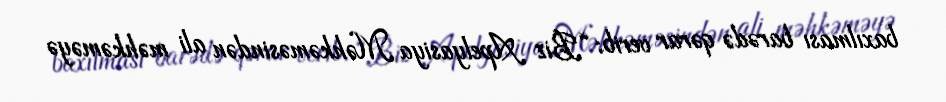
baxılması barədə qərar verib: “Biz Apelyasiya Məhkəməsindən ali məhkəməyə